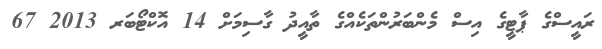
ރައީސްގެ ޕާޓީގެ އިސް މެންބަރުންތަކެއްގެ ތާއީދު ގާސިމަށް 14 އޮކްޓޯބަރ 2013 67